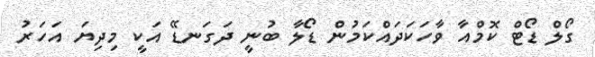
ގޯލް ޑޯޓް ކޮމްއާ ވާހަކަދައްކަމުން ޑޯލާ ބުނީ ދަގަނޑޭ އަކީ މިދިޔަ އަހަރު